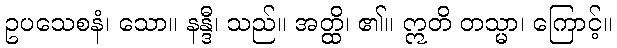
ဥပသေစနံ၊ သော။ နန္ဒီ၊ သည်။ အတ္ထိ၊ ၏။ ဣတိ တသ္မာ၊ ကြောင့်။